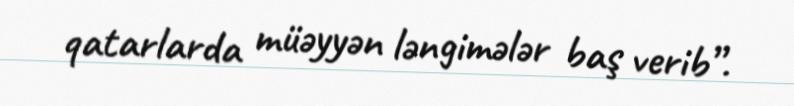
qatarlarda müəyyən ləngimələr baş verib”.